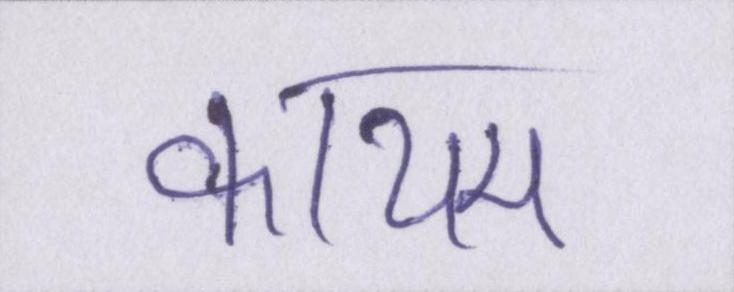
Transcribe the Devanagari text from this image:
कायम